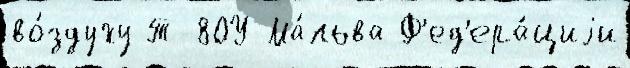
во́здуху Т-80У Ма́льва Ф'ед'ера́циjи